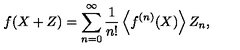
f ( X + Z ) = \sum _ { n = 0 } ^ { \infty } \frac { 1 } { n ! } \left\langle f ^ { ( n ) } ( X ) \right\rangle Z _ { n } ,